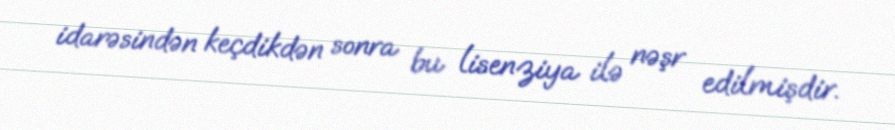
idarəsindən keçdikdən sonra bu lisenziya ilə nəşr edilmişdir.